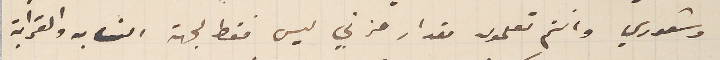
وشعوري وانتم تعلمون مقدار حزني ليس فقط لجهة النسابه والقرابة